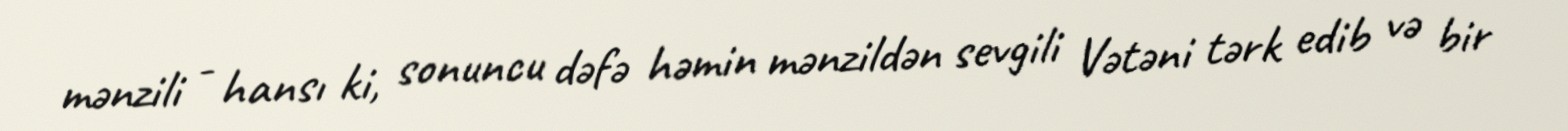
mənzili - hansı ki, sonuncu dəfə həmin mənzildən sevgili Vətəni tərk edib və bir